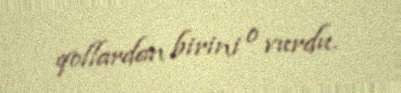
qollardan birini o vurdu.